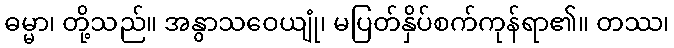
ဓမ္မာ၊ တို့သည်။ အနွာသဝေယျုံ၊ မပြတ်နှိပ်စက်ကုန်ရာ၏။ တဿ၊